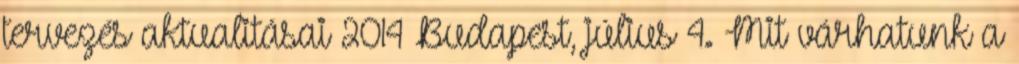
tervezés aktualitásai 2014 Budapest, július 4. Mit várhatunk a